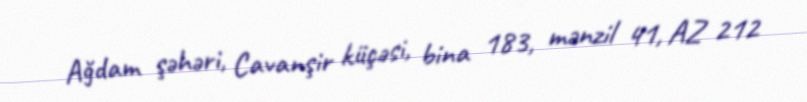
Ağdam şəhəri, Cavanşir küçəsi, bina 183, mənzil 41, AZ 212